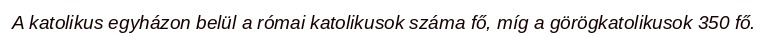
A katolikus egyházon belül a római katolikusok száma fő, míg a görögkatolikusok 350 fő.